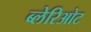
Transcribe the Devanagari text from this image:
ब्लेरिओट